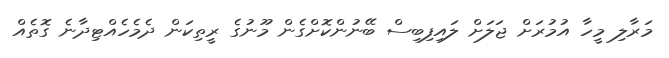
މަރާލި މީހާ އުމުރަށް ޖަލަށް ލައިފިބިސް ބޭނުންކޮށްގެން މޫނުގެ ރީތިކަން ދެމެހެއްޓިދާނެ ގޮތެއް